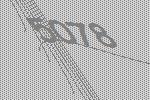
5078